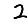
Digit: 2